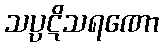
သပ္ပဋိသရဏော